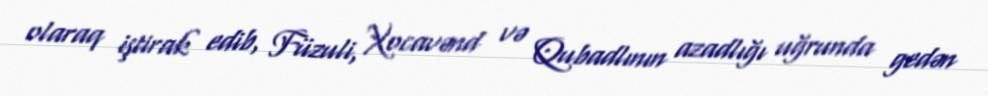
olaraq iştirak edib, Füzuli, Xocavənd və Qubadlının azadlığı uğrunda gedən